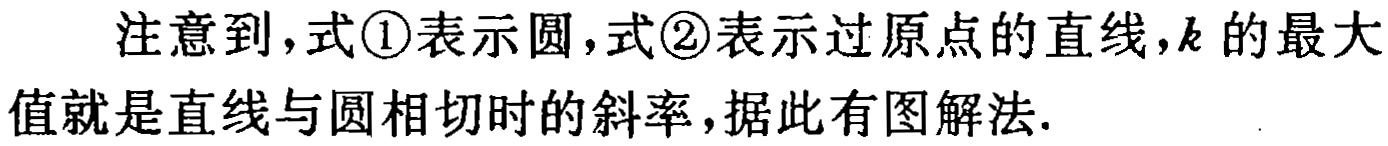
注意到，式\textcircled{1}表示圆，式\textcircled{2}表示过原点的直线，\(k\)的最大值就是直线与圆相切时的斜率，据此有图解法.